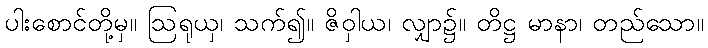
ပါးစောင်တို့မှ။ ဩရုယှ၊ သက်၍။ ဇိဝှါယ၊ လျှာ၌။ တိဋ္ဌ မာနာ၊ တည်သော။